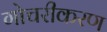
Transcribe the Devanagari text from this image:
गोचरीकरण